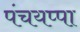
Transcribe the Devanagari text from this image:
पंचयप्पा